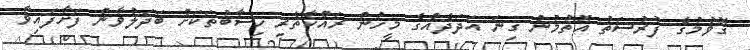
ގޮވުމުގެ ފުރުސަތު އޮތުމުން ގިނަ އަދަދެއްގެ މީހުން ރައްކާތެރި ހިސާބުތަކަށް ބަދަލުވާން ފަށާފައިވާ